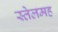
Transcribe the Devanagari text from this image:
स्तेलमह